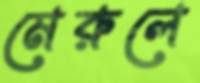
মেরুলে